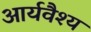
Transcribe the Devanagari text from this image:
आर्यवैश्‍य